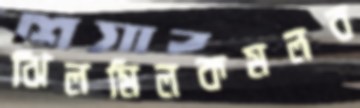
ঝিলমিলকমলব